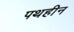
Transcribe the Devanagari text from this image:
पथहीन